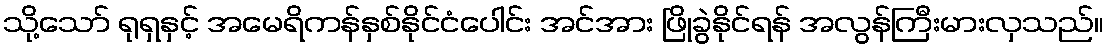
သို့သော် ရုရှနှင့် အမေရိကန်နှစ်နိုင်ငံပေါင်း အင်အား ဖြိုခွဲနိုင်ရန် အလွန်ကြီးမားလှသည်။